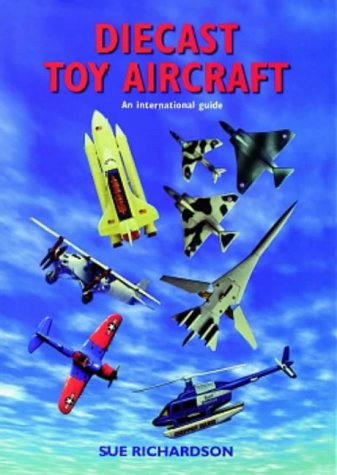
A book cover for Diecast Toy Aircraft: An International Guide; Sue Richardson; Crafts, Hobbies & Home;